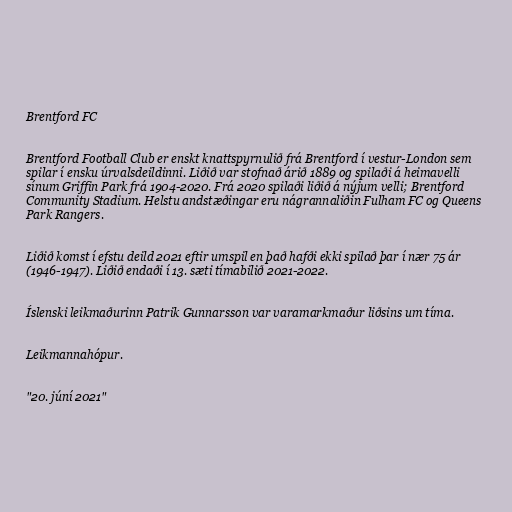
Brentford FC

Brentford Football Club er enskt knattspyrnulið frá Brentford í vestur-London sem
spilar í ensku úrvalsdeildinni. Liðið var stofnað árið 1889 og spilaði á heimavelli
sínum Griffin Park frá 1904-2020. Frá 2020 spilaði liðið á nýjum velli; Brentford
Community Stadium. Helstu andstæðingar eru nágrannaliðin Fulham FC og Queens
Park Rangers.

Liðið komst í efstu deild 2021 eftir umspil en það hafði ekki spilað þar í nær 75 ár
(1946-1947). Liðið endaði í 13. sæti tímabilið 2021-2022.

Íslenski leikmaðurinn Patrik Gunnarsson var varamarkmaður liðsins um tíma.

Leikmannahópur.

"20. júní 2021"